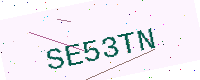
Text: SE53TN